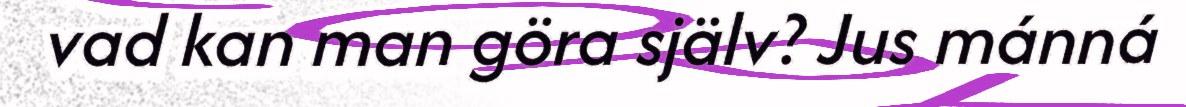
vad kan man göra själv? Jus mánná